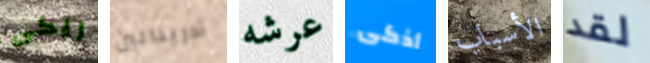
ريكى أدرينالين عرشه أذكى الأسباب لقد